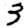
Digit: 3